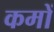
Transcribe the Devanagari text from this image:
कमों